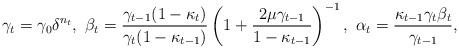
LaTeX: \begin{align*}\gamma_t=\gamma_0\delta^{n_t},\ \beta_t=\frac{\gamma_{t-1}(1-\kappa_t)}{\gamma_t(1-\kappa_{t-1})}\left(1+\frac{2\mu\gamma_{t-1}}{1-\kappa_{t-1}}\right)^{-1},\ \alpha_t=\frac{\kappa_{t-1}\gamma_{t}\beta_t}{\gamma_{t-1}},\end{align*}